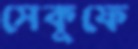
সেকুফে